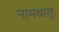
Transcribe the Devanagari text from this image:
नामधातुः